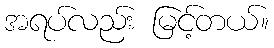
အရပ်လည်း မြင့်တယ်။